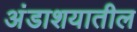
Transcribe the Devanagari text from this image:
अंडाशयातील